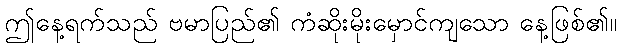
ဤနေ့ရက်သည် ဗမာပြည်၏ ကံဆိုးမိုးမှောင်ကျသော နေ့ဖြစ်၏။